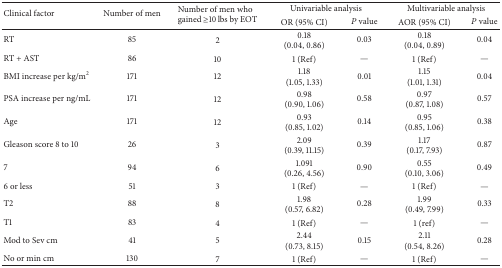
| <ROWSPAN=2> Clinical factor | <ROWSPAN=2> Number of men | <ROWSPAN=2> Number of men who gained ≥10 lbs by EOT | <COLSPAN=2> Univariable analysis | <COLSPAN=2> Multivariable analysis |
 | OR (95% CI) | P value | AOR (95% CI) | P value |
 | --- | --- | --- | --- | --- | --- | --- |
 | RT | 85 | 2 | 0.18(0.04, 0.86) | 0.03 | 0.18(0.04, 0.89) | 0.04 |
 | RT + AST | 86 | 10 | 1 (Ref) | — | 1 (Ref) | — |
 | BMI increase per kg/m2 | 171 | 12 | 1.18(1.05, 1.33) | 0.01 | 1.15(1.01, 1.31) | 0.04 |
 | PSA increase per ng/mL | 171 | 12 | 0.98(0.90, 1.06) | 0.58 | 0.97(0.87, 1.08) | 0.57 |
 | Age | 171 | 12 | 0.93(0.85, 1.02) | 0.14 | 0.95(0.85, 1.06) | 0.38 |
 | Gleason score 8 to 10 | 26 | 3 | 2.09(0.39, 11.15) | 0.39 | 1.17(0.17, 7.93) | 0.87 |
 | 7 | 94 | 6 | 1.091(0.26, 4.56) | 0.90 | 0.55(0.10, 3.06) | 0.49 |
 | 6 or less | 51 | 3 | 1 (Ref) | — | 1 (Ref) | — |
 | T2 | 88 | 8 | 1.98(0.57, 6.82) | 0.28 | 1.99(0.49, 7.99) | 0.33 |
 | T1 | 83 | 4 | 1 (Ref) | — | 1 (ref) | — |
 | Mod to Sev cm | 41 | 5 | 2.44(0.73, 8.15) | 0.15 | 2.11(0.54, 8.26) | 0.28 |
 | No or min cm | 130 | 7 | 1 (Ref) | — | 1 (Ref) | — |